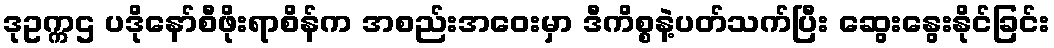
ဒုဥက္ကဌ ပဒိုနော်စီဖိုးရာစိန်က အစည်းအဝေးမှာ ဒီကိစ္စနဲ့ပတ်သက်ပြီး ဆွေးနွေးနိုင်ခြင်း